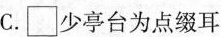
C.□少亭台为点缀耳